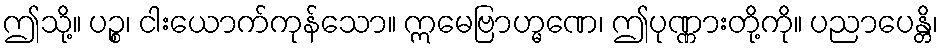
ဤသို့။ ပဉ္စ၊ ငါးယောက်ကုန်သော။ ဣမေဗြာဟ္မဏေ၊ ဤပုဏ္ဏားတို့ကို။ ပညာပေန္တိ၊